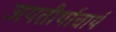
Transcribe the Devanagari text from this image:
जयतीर्थाचार्य